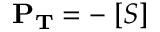
\mathbf { P _ { T } } = - \mathbf { \partial } [ S ]